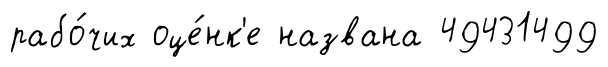
рабо́чих оце́нк'е названа 49431499